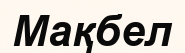
Мақбел